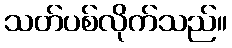
သတ်ပစ်လိုက်သည်။